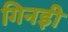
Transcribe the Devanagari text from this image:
गिनड़ी